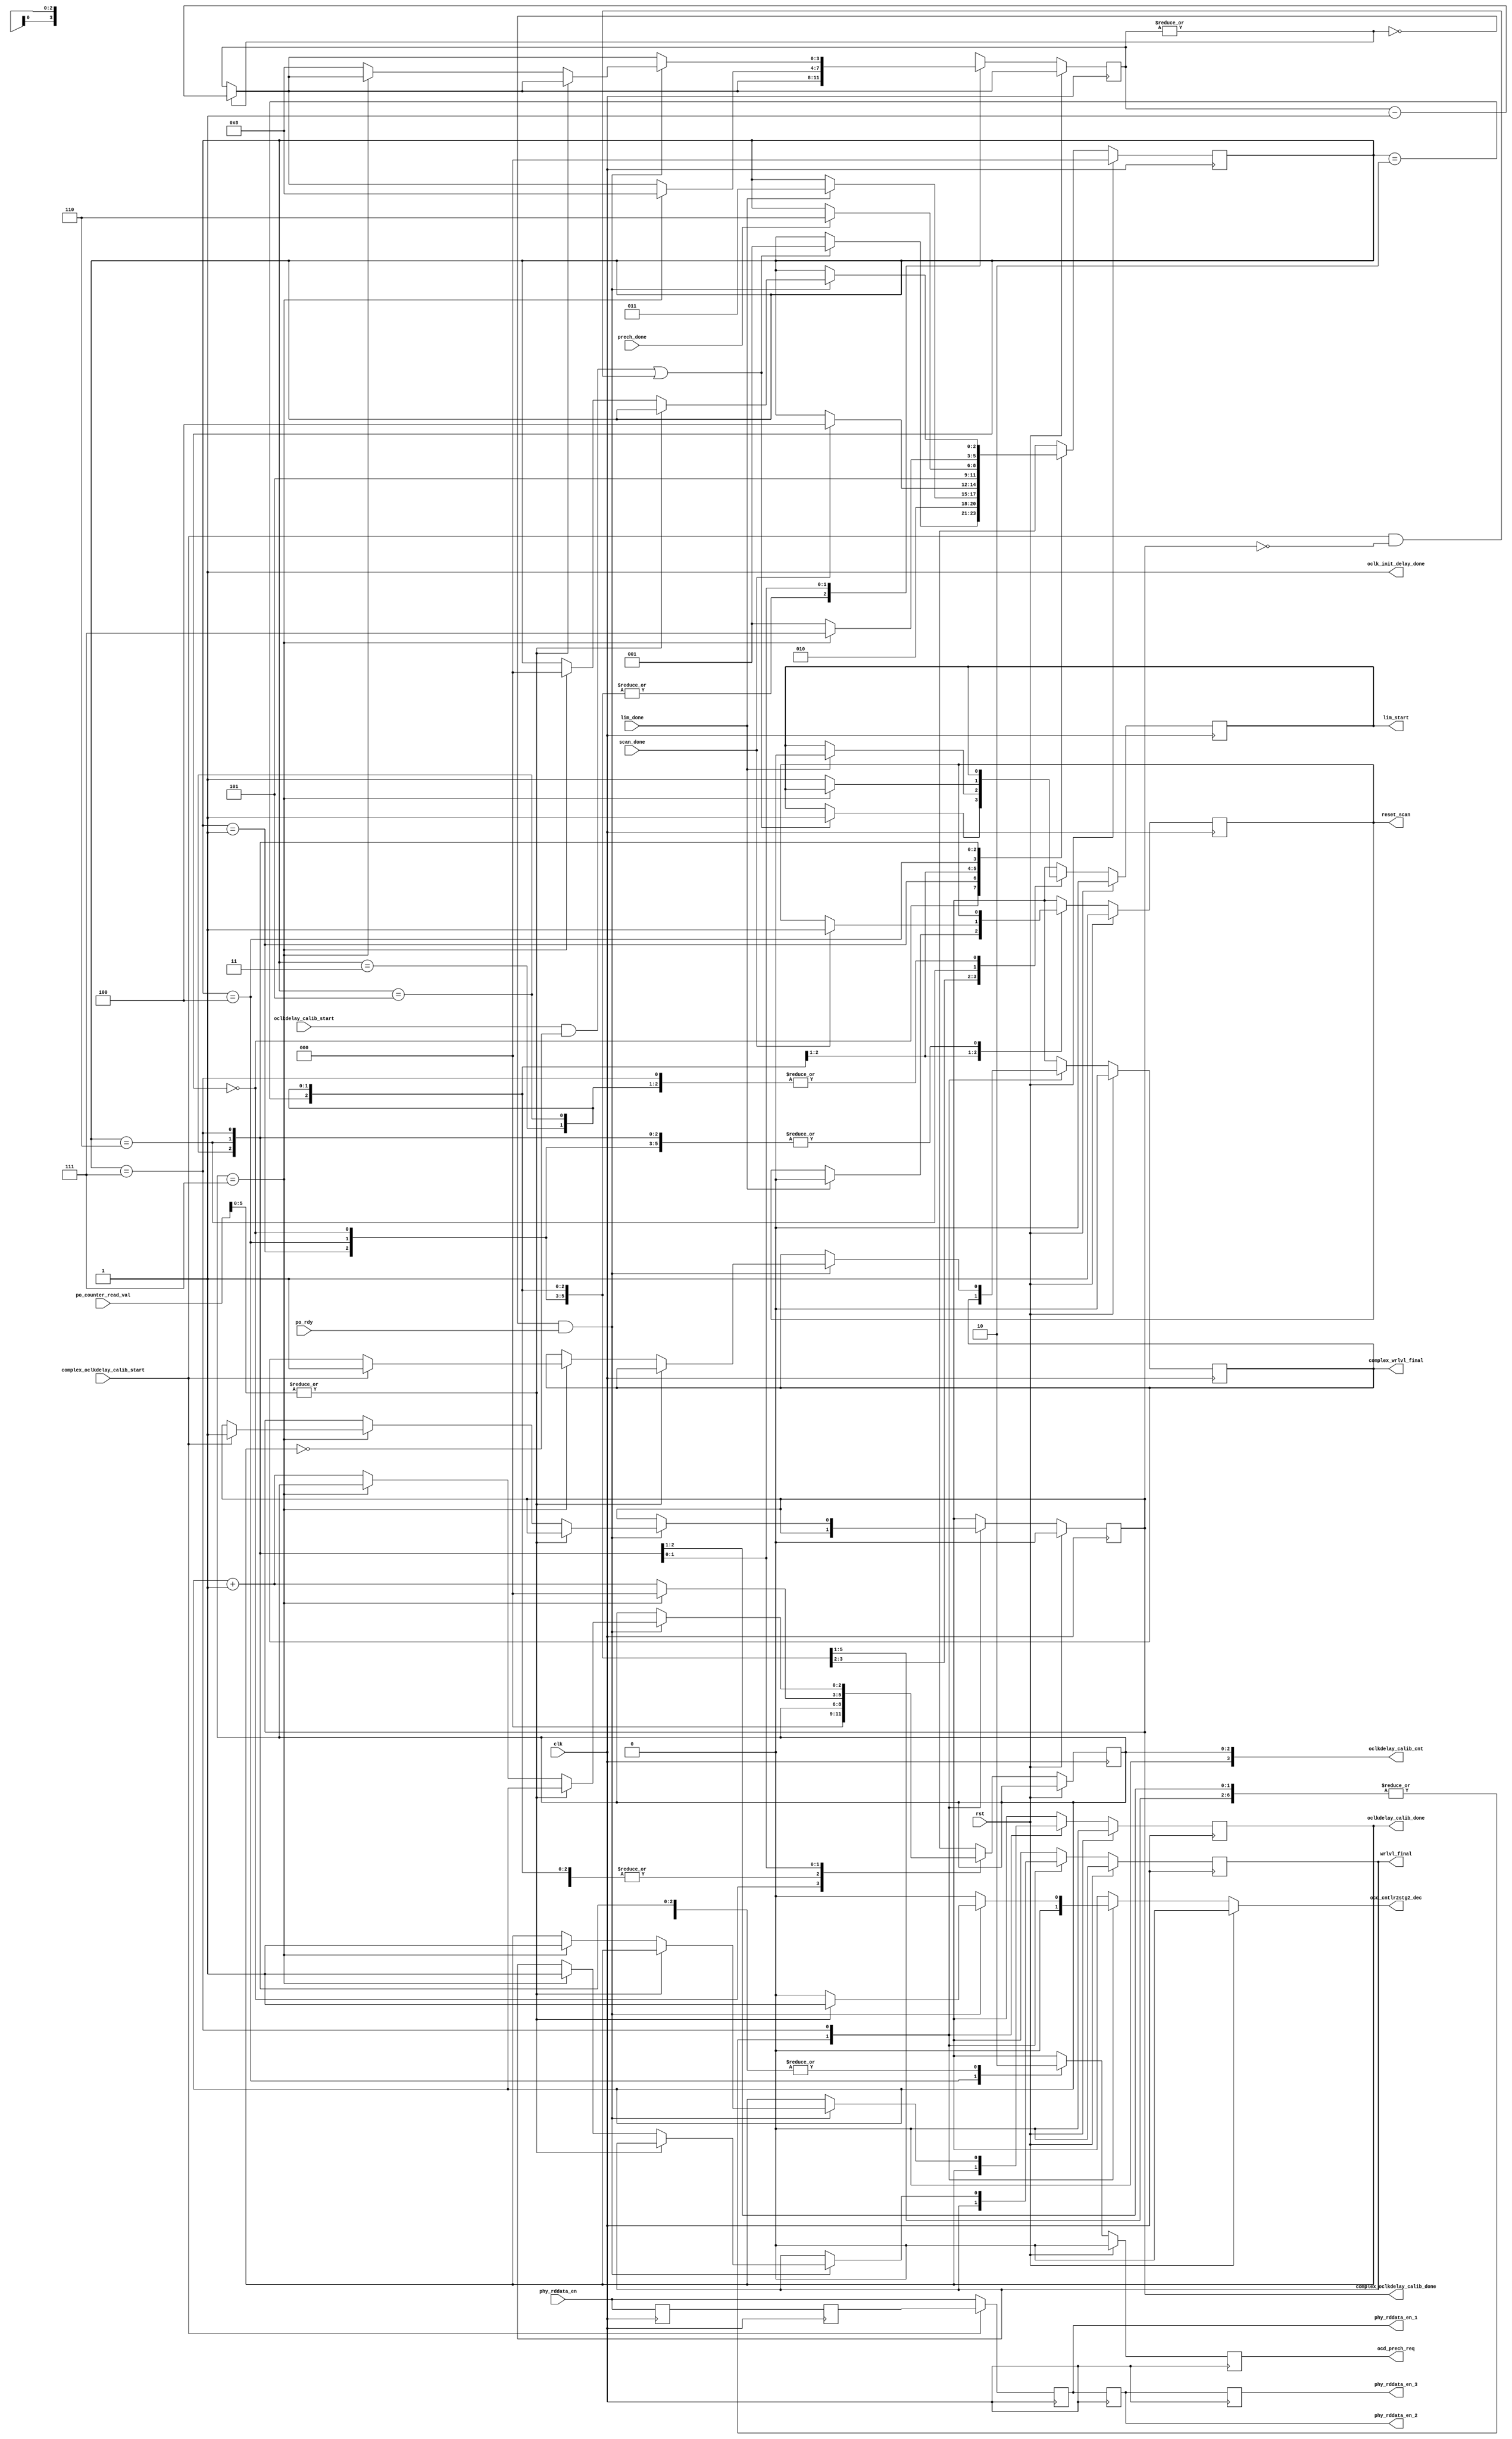
//*****************************************************************************
// (c) Copyright 2009 - 2013 Xilinx, Inc. All rights reserved.
//
// This file contains confidential and proprietary information
// of Xilinx, Inc. and is protected under U.S. and
// international copyright and other intellectual property
// laws.
//
// DISCLAIMER
// This disclaimer is not a license and does not grant any
// rights to the materials distributed herewith. Except as
// otherwise provided in a valid license issued to you by
// Xilinx, and to the maximum extent permitted by applicable
// law: (1) THESE MATERIALS ARE MADE AVAILABLE "AS IS" AND
// WITH ALL FAULTS, AND XILINX HEREBY DISCLAIMS ALL WARRANTIES
// AND CONDITIONS, EXPRESS, IMPLIED, OR STATUTORY, INCLUDING
// BUT NOT LIMITED TO WARRANTIES OF MERCHANTABILITY, NON-
// INFRINGEMENT, OR FITNESS FOR ANY PARTICULAR PURPOSE; and
// (2) Xilinx shall not be liable (whether in contract or tort,
// including negligence, or under any other theory of
// liability) for any loss or damage of any kind or nature
// related to, arising under or in connection with these
// materials, including for any direct, or any indirect,
// special, incidental, or consequential loss or damage
// (including loss of data, profits, goodwill, or any type of
// loss or damage suffered as a result of any action brought
// by a third party) even if such damage or loss was
// reasonably foreseeable or Xilinx had been advised of the
// possibility of the same.
//
// CRITICAL APPLICATIONS
// Xilinx products are not designed or intended to be fail-
// safe, or for use in any application requiring fail-safe
// performance, such as life-support or safety devices or
// systems, Class III medical devices, nuclear facilities,
// applications related to the deployment of airbags, or any
// other applications that could lead to death, personal
// injury, or severe property or environmental damage
// (individually and collectively, "Critical
// Applications"). Customer assumes the sole risk and
// liability of any use of Xilinx products in Critical
// Applications, subject only to applicable laws and
// regulations governing limitations on product liability.
//
// THIS COPYRIGHT NOTICE AND DISCLAIMER MUST BE RETAINED AS
// PART OF THIS FILE AT ALL TIMES.
//
//*****************************************************************************
//   ____  ____
//  /   /\/   /
// /___/  \  /    Vendor: Xilinx
// \   \   \/     Version: %version
//  \   \         Application: MIG
//  /   /         Filename: ddr_phy_v4_0_phy_ocd_cntlr.v
// /___/   /\     Date Last Modified: $Date: 2011/02/25 02:07:40 $
// \   \  /  \    Date Created: Aug 03 2009 
//  \___\/\___\
//
//Device: 7 Series
//Design Name: DDR3 SDRAM
//Purpose: Steps through the major sections of the output clock
// delay algorithm.  Enabling various subblocks at the right time.
//
// Steps through each byte of the interface.
//
// Implements both the simple and complex data pattern.
//
// for each byte in interface
//   begin
//     Limit
//     Scan - which includes DQS centering
//     Precharge
//   end
// set _wrlvl and _done equal to one
// 
//Reference:
//Revision History:
//*****************************************************************************

`timescale 1ps/1ps

module mig_7series_v4_2_ddr_phy_ocd_cntlr #
  (parameter TCQ             = 100,
   parameter DQS_CNT_WIDTH   = 3,
   parameter DQS_WIDTH       = 8)
  (/*AUTOARG*/
  // Outputs
  wrlvl_final, complex_wrlvl_final, oclk_init_delay_done,
  ocd_prech_req, lim_start, complex_oclkdelay_calib_done,
  oclkdelay_calib_done, phy_rddata_en_1, phy_rddata_en_2,
  phy_rddata_en_3, ocd_cntlr2stg2_dec, oclkdelay_calib_cnt,
  reset_scan,
  // Inputs
  clk, rst, prech_done, oclkdelay_calib_start,
  complex_oclkdelay_calib_start, lim_done, phy_rddata_en,
  po_counter_read_val, po_rdy, scan_done
  );

  localparam ONE = 1;
  
  input clk;
  input rst;
  
  output wrlvl_final, complex_wrlvl_final;
  reg wrlvl_final_ns, wrlvl_final_r, complex_wrlvl_final_ns, complex_wrlvl_final_r;
  always @(posedge clk) wrlvl_final_r <= #TCQ wrlvl_final_ns;
  always @(posedge clk) complex_wrlvl_final_r <= #TCQ complex_wrlvl_final_ns;
  assign wrlvl_final = wrlvl_final_r;
  assign complex_wrlvl_final = complex_wrlvl_final_r;
  
   // Completed initial delay increment
  output oclk_init_delay_done;  // may not need this... maybe for fast cal mode.
  assign oclk_init_delay_done = 1'b1;

  // Precharge done status from ddr_phy_init
  input prech_done;
  reg ocd_prech_req_ns, ocd_prech_req_r;
  always @(posedge clk) ocd_prech_req_r <= #TCQ ocd_prech_req_ns;
  output ocd_prech_req;
  assign ocd_prech_req = ocd_prech_req_r;

  input oclkdelay_calib_start, complex_oclkdelay_calib_start;
  input lim_done;

  reg lim_start_ns, lim_start_r;
  always @(posedge clk) lim_start_r <= #TCQ lim_start_ns;
  output lim_start;
  assign lim_start = lim_start_r;
    
  reg complex_oclkdelay_calib_done_ns, complex_oclkdelay_calib_done_r;
  always @(posedge clk) complex_oclkdelay_calib_done_r <= #TCQ complex_oclkdelay_calib_done_ns;
  output complex_oclkdelay_calib_done;
  assign complex_oclkdelay_calib_done = complex_oclkdelay_calib_done_r;
  
  reg oclkdelay_calib_done_ns, oclkdelay_calib_done_r;
  always @(posedge clk) oclkdelay_calib_done_r <= #TCQ oclkdelay_calib_done_ns;
  output oclkdelay_calib_done;
  assign oclkdelay_calib_done = oclkdelay_calib_done_r;

  input phy_rddata_en;
  reg prde_r1, prde_r2;
  always @(posedge clk) prde_r1 <= #TCQ phy_rddata_en;
  always @(posedge clk) prde_r2 <= #TCQ prde_r1;
  wire prde = complex_oclkdelay_calib_start ? prde_r2 : phy_rddata_en;
  
  reg phy_rddata_en_r1, phy_rddata_en_r2, phy_rddata_en_r3;
  always @(posedge clk) phy_rddata_en_r1 <= #TCQ prde;
  always @(posedge clk) phy_rddata_en_r2 <= #TCQ phy_rddata_en_r1;
  always @(posedge clk) phy_rddata_en_r3 <= #TCQ phy_rddata_en_r2;
  output phy_rddata_en_1, phy_rddata_en_2, phy_rddata_en_3;
  assign phy_rddata_en_1 = phy_rddata_en_r1;
  assign phy_rddata_en_2 = phy_rddata_en_r2;
  assign phy_rddata_en_3 = phy_rddata_en_r3;

  input [8:0] po_counter_read_val;
  reg ocd_cntlr2stg2_dec_r;
  output ocd_cntlr2stg2_dec;
  assign ocd_cntlr2stg2_dec = ocd_cntlr2stg2_dec_r;
  input po_rdy;

  reg [3:0] po_rd_wait_ns, po_rd_wait_r;
  always @(posedge clk) po_rd_wait_r <= #TCQ po_rd_wait_ns;

  reg [DQS_CNT_WIDTH-1:0] byte_ns, byte_r;
  always @(posedge clk) byte_r <= #TCQ byte_ns;
  output [DQS_CNT_WIDTH:0] oclkdelay_calib_cnt;
  assign oclkdelay_calib_cnt = {1'b0, byte_r};

  reg reset_scan_ns, reset_scan_r;
  always @(posedge clk) reset_scan_r <= #TCQ reset_scan_ns;
  output reset_scan;
  assign reset_scan = reset_scan_r;
  input scan_done;

  reg [2:0] sm_ns, sm_r;
  always @(posedge clk) sm_r <= #TCQ sm_ns;

  // Primary state machine.
  
  always @(*) begin

  // Default next state assignments.

    byte_ns = byte_r;
    complex_wrlvl_final_ns = complex_wrlvl_final_r;
    lim_start_ns = lim_start_r;
    oclkdelay_calib_done_ns = oclkdelay_calib_done_r;
    complex_oclkdelay_calib_done_ns = complex_oclkdelay_calib_done_r;
    ocd_cntlr2stg2_dec_r = 1'b0;
    po_rd_wait_ns = po_rd_wait_r;
    if (|po_rd_wait_r) po_rd_wait_ns = po_rd_wait_r - 4'b1;
    reset_scan_ns = reset_scan_r;
    wrlvl_final_ns = wrlvl_final_r;
    sm_ns = sm_r;
    ocd_prech_req_ns= 1'b0;
    
    if (rst == 1'b1) begin
      
  // RESET next states
      complex_oclkdelay_calib_done_ns = 1'b0;
      complex_wrlvl_final_ns = 1'b0;
      sm_ns = /*AK("READY")*/3'd0;
      lim_start_ns = 1'b0;
      oclkdelay_calib_done_ns = 1'b0;
      reset_scan_ns = 1'b1;
      wrlvl_final_ns = 1'b0;
    end else
      
  // State based actions and next states. 
      case (sm_r)
        /*AL("READY")*/3'd0: begin
	  byte_ns = {DQS_CNT_WIDTH{1'b0}};
	  if (oclkdelay_calib_start && ~oclkdelay_calib_done_r ||
	      complex_oclkdelay_calib_start && ~complex_oclkdelay_calib_done_r)
          begin
            sm_ns = /*AK("LIMIT_START")*/3'd1;
	    lim_start_ns = 1'b1;
	  end
        end	

        /*AL("LIMIT_START")*/3'd1:
	    sm_ns = /*AK("LIMIT_WAIT")*/3'd2;

       /*AL("LIMIT_WAIT")*/3'd2:begin
	  if (lim_done) begin
	    lim_start_ns = 1'b0;
	    sm_ns = /*AK("SCAN")*/3'd3;
	    reset_scan_ns = 1'b0;
	  end
        end

	/*AL("SCAN")*/3'd3:begin
	  if (scan_done) begin
	    reset_scan_ns = 1'b1;
	    sm_ns = /*AK("COMPUTE")*/3'd4;
	  end
        end

       /*AL("COMPUTE")*/3'd4:begin
	  sm_ns = /*AK("PRECHARGE")*/3'd5;
	  ocd_prech_req_ns = 1'b1;
       end
	
       /*AL("PRECHARGE")*/3'd5:begin
	 if (prech_done) sm_ns = /*AK("DONE")*/3'd6;
       end
	
	/*AL("DONE")*/3'd6:begin
	  byte_ns = byte_r + ONE[DQS_CNT_WIDTH-1:0];
	  if ({1'b0, byte_r} == DQS_WIDTH[DQS_CNT_WIDTH:0] - ONE[DQS_WIDTH:0]) begin
	    byte_ns = {DQS_CNT_WIDTH{1'b0}};
	    po_rd_wait_ns = 4'd8;
	    sm_ns = /*AK("STG2_2_ZERO")*/3'd7;
	  end else begin
	    sm_ns = /*AK("LIMIT_START")*/3'd1;
	    lim_start_ns = 1'b1;
	  end
        end

	/*AL("STG2_2_ZERO")*/3'd7:
	  if (~|po_rd_wait_r && po_rdy)
	    if (|po_counter_read_val[5:0]) ocd_cntlr2stg2_dec_r = 1'b1;
	    else begin
	      if ({1'b0, byte_r} == DQS_WIDTH[DQS_CNT_WIDTH:0] - ONE[DQS_WIDTH:0]) begin
	        sm_ns = /*AK("READY")*/3'd0;
	        oclkdelay_calib_done_ns= 1'b1;
	        wrlvl_final_ns = 1'b1;
	        if (complex_oclkdelay_calib_start) begin
                  complex_oclkdelay_calib_done_ns = 1'b1;
	          complex_wrlvl_final_ns = 1'b1;
	        end
	      end else begin
		byte_ns = byte_r + ONE[DQS_CNT_WIDTH-1:0];
		po_rd_wait_ns = 4'd8;
	      end
	    end // else: !if(|po_counter_read_val[5:0])
    
      endcase // case (sm_r)
  end // always @ begin
  
endmodule // mig_7series_v4_2_ddr_phy_ocd_cntlr

// Local Variables:
// verilog-autolabel-prefix: "3'd"
// End: